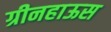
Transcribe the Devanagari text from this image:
ग्रीनहाऊस